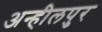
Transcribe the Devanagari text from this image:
अन्हीलपुर